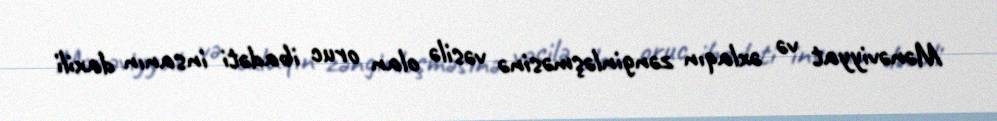
Mənəviyyat və əxlaqın zənginləşməsinə vəsilə olan oruc ibadəti insanın daxili